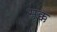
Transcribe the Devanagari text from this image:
सृक्क